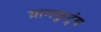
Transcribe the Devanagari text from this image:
ग्रामकुटुंब